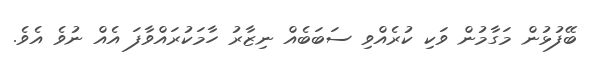
ބޭފުޅުން މަގާމުން ވަކި ކުރެއްވި ސަބަބެއް ނިޒާރު ހާމަކުރައްވާފަ އެއް ނުވެ އެވެ.